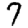
Digit: 7